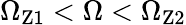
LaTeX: \Omega_{\mathrm{{Z1}}}<\Omega<\Omega_{\mathrm{{Z2}}}